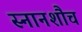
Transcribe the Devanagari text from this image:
स्नानशौच